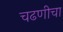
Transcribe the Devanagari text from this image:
चढणीचा